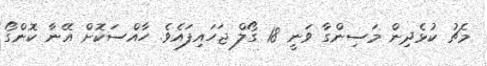
މެޗު ކުޅެދިން މަސިންގާ ވަނީ 18 ގޯލް ޖަހައިފައެވެ. ހާއްސަކޮށް އޭނާ ކޮންގޯ